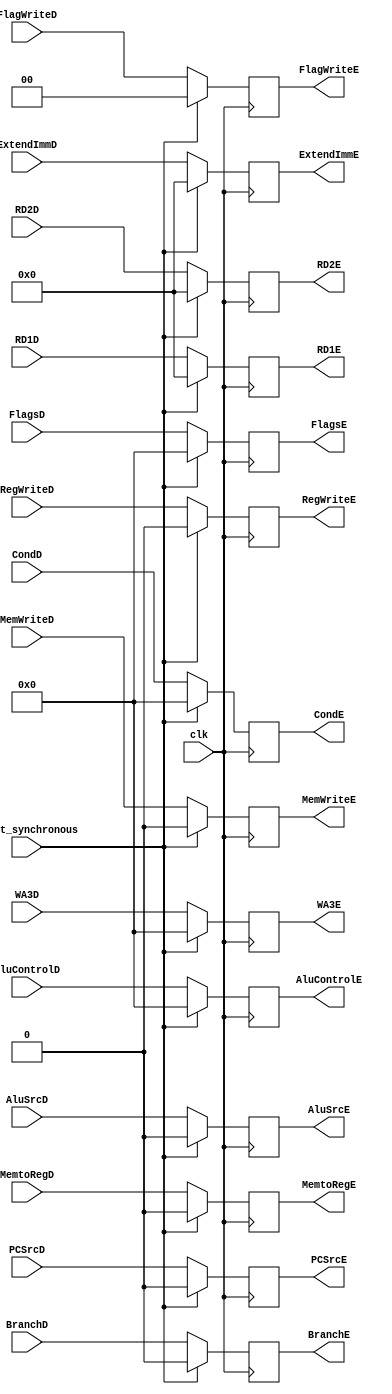
module execute_pipeline_reg #(parameter W = 32)
    (
        input clk,
		input reset_synchronous,

        input PCSrcD,
		input BranchD,
		input RegWriteD,
		input MemWriteD,
		input MemtoRegD,
		input [3:0] AluControlD,
		input AluSrcD,
		input [1:0] FlagWriteD,
		input [3:0] CondD,
		input [3:0] FlagsD,
		input [W-1:0] ExtendImmD,
		input [W-1:0] RD1D,
		input [W-1:0] RD2D,
		input [3:0] WA3D,

		output reg PCSrcE,
		output reg BranchE,
		output reg RegWriteE,
		output reg MemWriteE,
		output reg MemtoRegE,
		output reg [3:0] AluControlE,
		output reg AluSrcE,
		output reg [1:0] FlagWriteE,
		output reg [3:0] CondE,
		output reg [3:0] FlagsE,
		output reg [W-1:0] ExtendImmE,
		output reg [W-1:0] RD1E,
		output reg [W-1:0] RD2E,
		output reg [3:0] WA3E
    );

    always @(posedge clk)
        begin
            if (reset_synchronous == 1) 
				begin
					PCSrcE <= 0;
					BranchE <= 0;
					RegWriteE <= 0;
					MemWriteE <= 0;
					MemtoRegE <= 0;
					AluControlE <= 0;
					AluSrcE <= 0;
					FlagWriteE <= 0;
					CondE <= 0;
					FlagsE <= 0;
					ExtendImmE <= 0;
					RD1E <= 0;
					RD2E <= 0;
					WA3E <= 0;
				end
			else if (reset_synchronous == 0)
				begin
					PCSrcE <= PCSrcD;
					BranchE <= BranchD;
					RegWriteE <= RegWriteD;
					MemWriteE <= MemWriteD;
					MemtoRegE <= MemtoRegD;
					AluControlE <= AluControlD;
					AluSrcE <= AluSrcD;
					FlagWriteE <= FlagWriteD;
					CondE <= CondD;
					FlagsE <= FlagsD;
					ExtendImmE <= ExtendImmD;
					RD1E <= RD1D;
					RD2E <= RD2D;
					WA3E <= WA3D;
				end
        end
endmodule